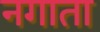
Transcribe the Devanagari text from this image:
नगाता